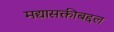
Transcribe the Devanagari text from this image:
मद्यासक्तीबद्दल